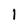
Character: 1